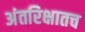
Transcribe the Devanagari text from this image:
अंतरिक्षातच